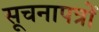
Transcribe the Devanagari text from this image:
सूचनापत्रों